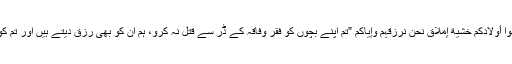
وَلَا تَقْتُلُوا أَوْلَادَکُمْ خَشْیَةَ إِمْلَاقٍ نَحْنُ نَرْزُقُہُمْ وَإِیَّاکُمْ ”تم اپنے بچوں کو فقر وفاقہ کے ڈر سے قتل نہ کرو، ہم ان کو بھی رزق دیتے ہیں اور تم کو بھی“۔